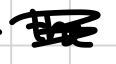
Text: the
Cross-out: mix
Writing tool: digital_black